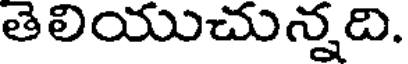
తెలియుచున్నది.